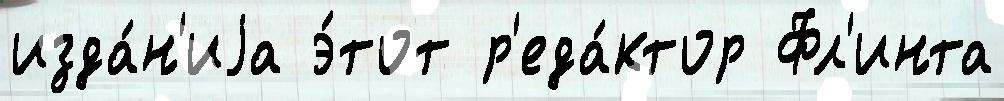
изда́н'иjа э́тот р'еда́ктор Фл'инта